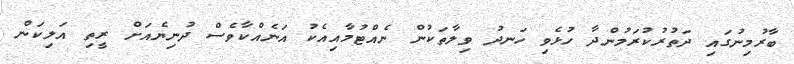
ބާރުމިނުގައި ދަތުރުކުރަމުންދާ ހުޅެވި ހަނދު ވިލާތަކުން ނެއްޓުމާއިއެކު އަނެއްކާވެސް ދުނިޔެއަށް ރީތި އަލިކަން